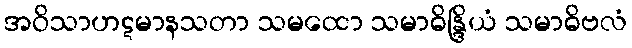
အဝိသာဟဋမာနသတာ သမထော သမာဓိန္ဒြိယံ သမာဓိဗလံ